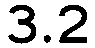
3.2